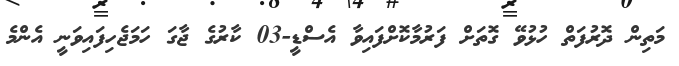
މަތިން ދޮރުފަތް ހުޅުވޭ ގޮތަށް ފަރުމާކޮށްފައިވާ އެސްޑީ-03 ކާރުގެ ޖާގަ ހަމަޖެހިފައިވަނީ އެންމެ